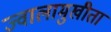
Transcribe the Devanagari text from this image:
ज्वालामुखीता